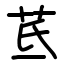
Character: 茋